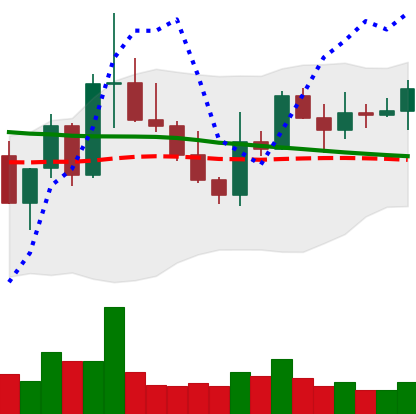
Ticker: XLM-USD
Chart end date: 2022-10-07
Forward return: -4.85%
Label: down_3_5